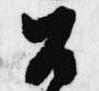
召